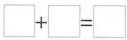
$$\square+\square=\square$$